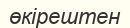
өкірештен